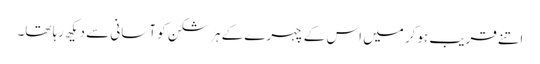
اتنے قریب ہوکر میں اس کے چہرے کے ہر شکن کو آسانی سے دیکھ رہا تھا۔